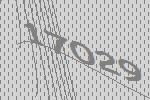
17029